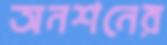
অনশনের